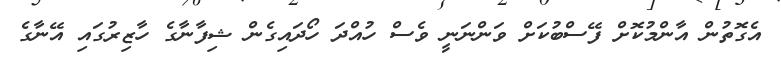
އެގޮތުން އާންމުކޮށް ފޭސްބުކަށް ވަންނަނީ ވެސް ހުއްދަ ހޯދައިގެން ޝިފާނާގެ ހާޒިރުގައި އޭނާގެ